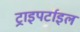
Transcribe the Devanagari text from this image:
ट्राइपर्टाइल